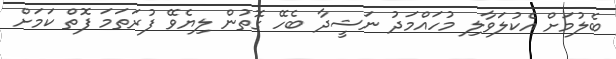
ބެލުމަށް އެކުލަވާލި މުހައްމަދު ނަޝީދާ ބެހޭ ގޮތުން ލިޔެވޭ ފުރަތަމަ ފޮތް ކަމަށް